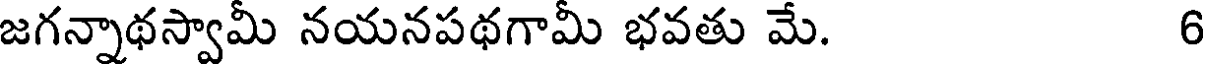
జగన్నాథస్వామీ నయనపథగామీ భవతు మే. 6